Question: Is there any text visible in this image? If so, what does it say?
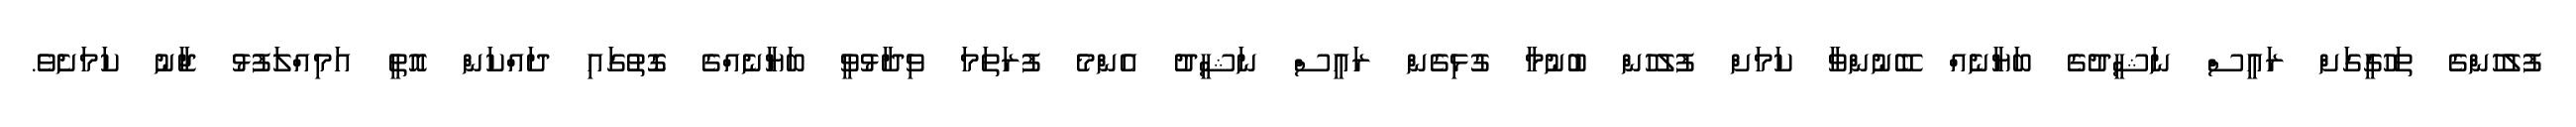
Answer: ފުލުހުންގެ ތަހުގީގަށް ރައީސް ނަޝީދުގެ ބަޔާނެއް ބޭނުންވާ ކަމަށް ފުލުހުން ބުނުމާ ގުޅިގެން ރައީސް ނަޝީދު އެންމެ ފުރަތަމަ ވިދާޅުވީ ބަޔާނެއްގެ ގޮތުގައި ދައްކަން އޮތީ އަމިއްލަފުޅު ޖާނު ކަމަށެވެ.